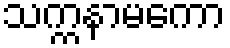
သက္ကနာမကော